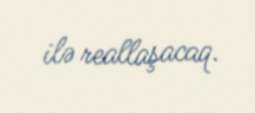
ilə reallaşacaq.